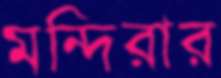
মন্দিরার